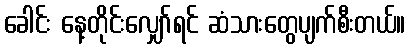
ခေါင်း နေ့တိုင်းလျှော်ရင် ဆံသားတွေပျက်စီးတယ်။